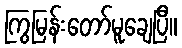
ကြွမြန်းတော်မူချေပြီ။